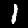
Digit: 1